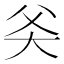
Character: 𬋻